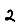
Digit: 2